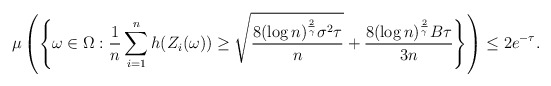
\begin{align*}\mu \left( \Biggl\{ \omega \in \Omega : \frac{1}{n} \sum_{i=1}^n h(Z_i(\omega)) \geq \sqrt{\frac{8 (\log n)^{\frac{2}{\gamma}} \sigma^2 \tau}{n}} + \frac{8 (\log n)^{\frac{2}{\gamma}} B \tau}{3 n} \Biggr\} \right) \leq 2 e^{- \tau}. \end{align*}